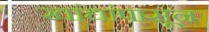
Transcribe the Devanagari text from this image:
खांद्यांपासून